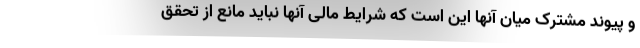
و پیوند مشترک میان آنها این است که شرایط مالی آنها نباید مانع از تحقق